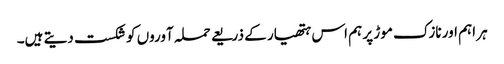
ہر اہم اور نازک موڑ پر ہم اس ہتھیار کے ذریعے حملہ آوروں کو شکست دیتے ہیں۔